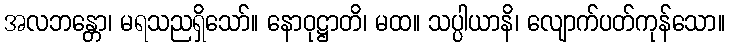
အလဘန္တော၊ မရသညရှိသော်။ နောဝုဋ္ဌာတိ၊ မထ။ သပ္ပါယာနိ၊ လျောက်ပတ်ကုန်သော။